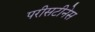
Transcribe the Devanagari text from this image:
परीसटीनेस